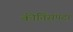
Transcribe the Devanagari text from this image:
कीर्तिसंपदा